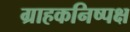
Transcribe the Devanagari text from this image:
ग्राहकनिष्पक्ष